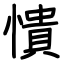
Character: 憒